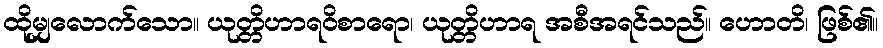
ထိုမျှလောက်သော။ ယုတ္တိဟာရဝိစာရော၊ ယုတ္တိဟာရ အစီအရင်သည်။ ဟောတိ၊ ဖြစ်၏။